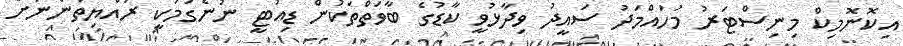
އިކޮނޮމިކް މިނިސްޓަރު މުހައްމަދު ސައީދު ވިދާޅުވީ ކާޑުގެ ބާވަތްތަކުން ޑިއުޓީ ނުނެގުމަކީ ރައްޔިތުންނަށް